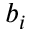
b _ { i }